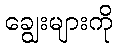
ချွေးများကို